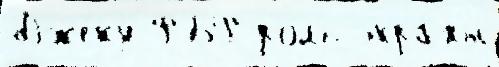
Дже́ку ФБР роль экра́ны